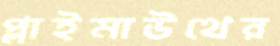
প্লাইমাউথের